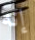
إنه